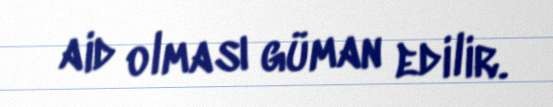
aid olması güman edilir.